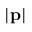
| { \bf p } |